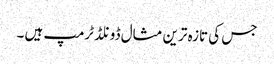
جس کی تازہ ترین مثال ڈونلڈ ٹرمپ ہیں ۔